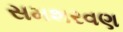
સમશરવણ